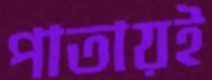
পাতায়ই